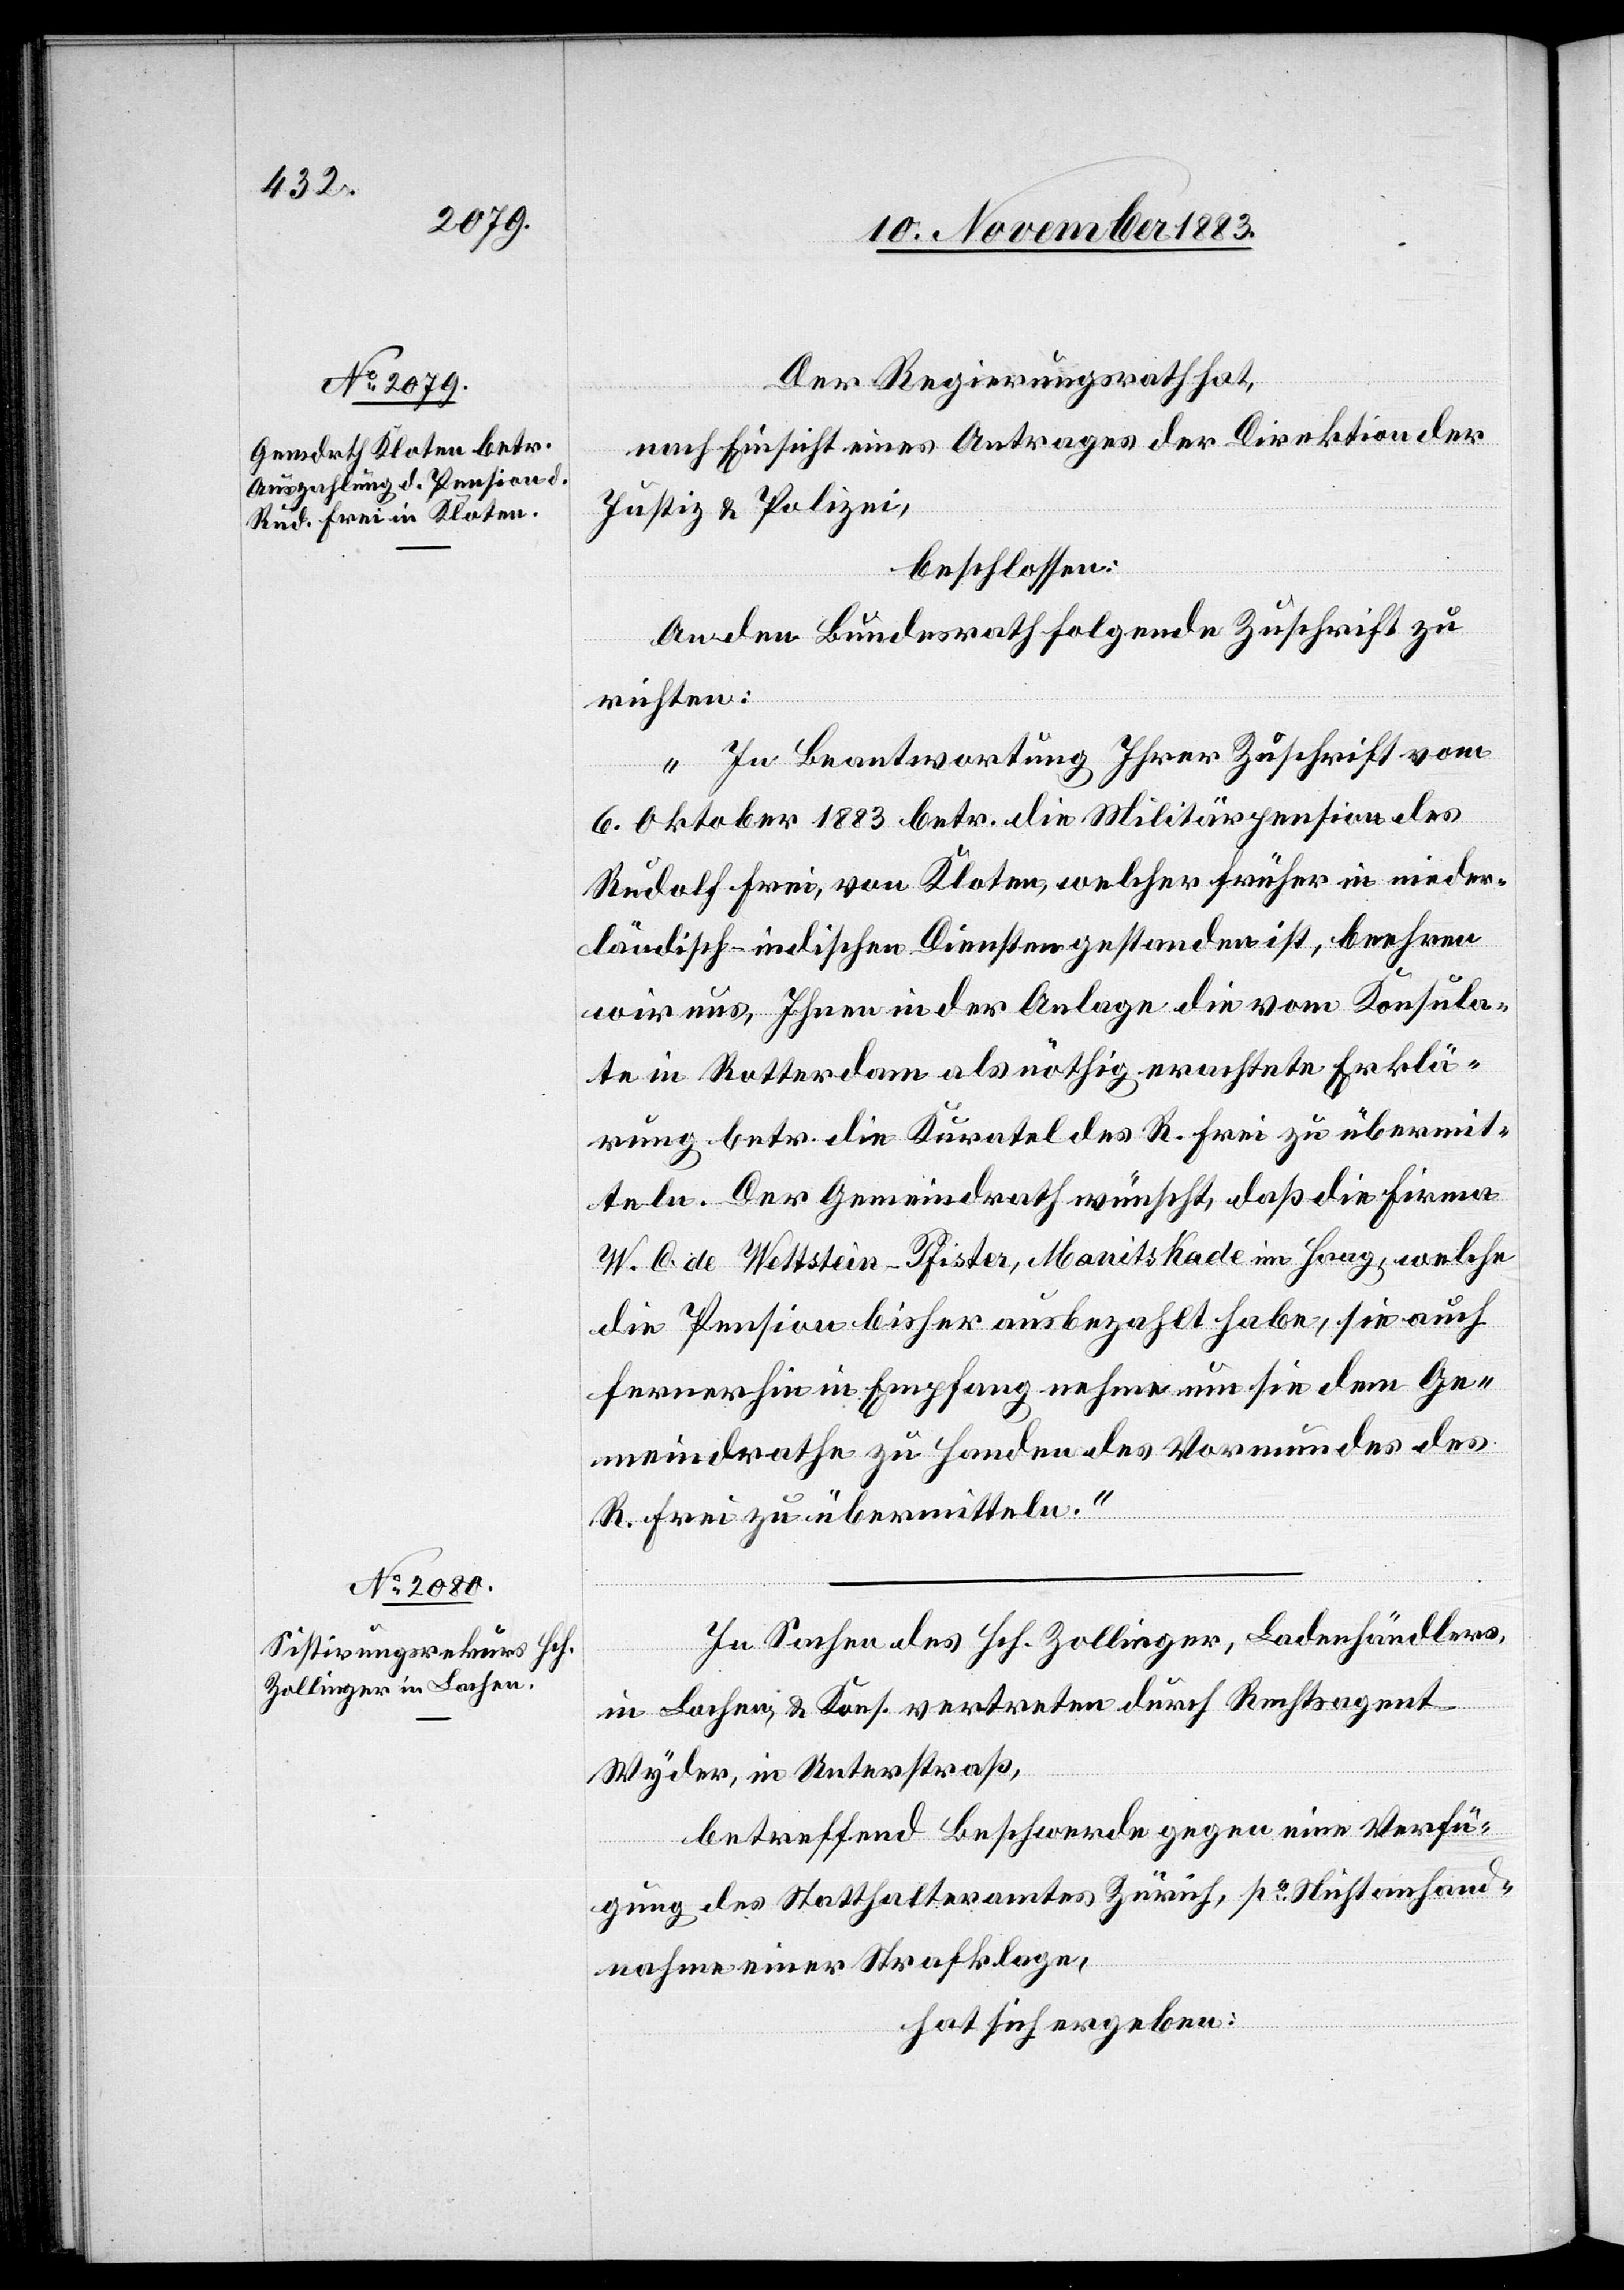
Der Regierungsrath hat,
nach Einsicht eines Antrages der Direktion der
Justiz & Polizei,
beschlossen:
An den Bundesrath folgende Zuschrift zu
richten:
„In Beantwortung Ihrer Zuschrift vom
6. Oktober 1883 betr. die Militärpension des
Rudolf Frei, von Kloten, welcher früher in nieder¬
ländisch-indischen Diensten gestanden ist, beehren
wir uns, Ihnen in der Anlage die vom Konsula¬
te in Rotterdam als nöthig erachtete Erklä¬
rung betr. die Kuratel des R. Frei zu übermit¬
teln. Der Gemeindrath wünscht, daß die Firma
W. C. de Wettstein, Pfister, Manits Kade im Haag, welche
die Pension bisher ausbezahlt habe, sie auch
fernerhin in Empfang nehme um sie dem Ge¬
meindrathe zu Handen des Vormundes des
R. Frei zu übermitteln.“
In Sachen des Hch. Zollinger, Ladenhändlers,
in Lachen, & Kons vertreten durch Rechtsagent
Wyder, in Unterstraß,
betreffend Beschwerde gegen eine Verfü¬
gung des Statthalteramtes Zürich, po Nichtanhand¬
nahme einer Strafklage,
hat sich ergeben: